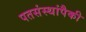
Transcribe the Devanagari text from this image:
पतसंस्थांपैकी